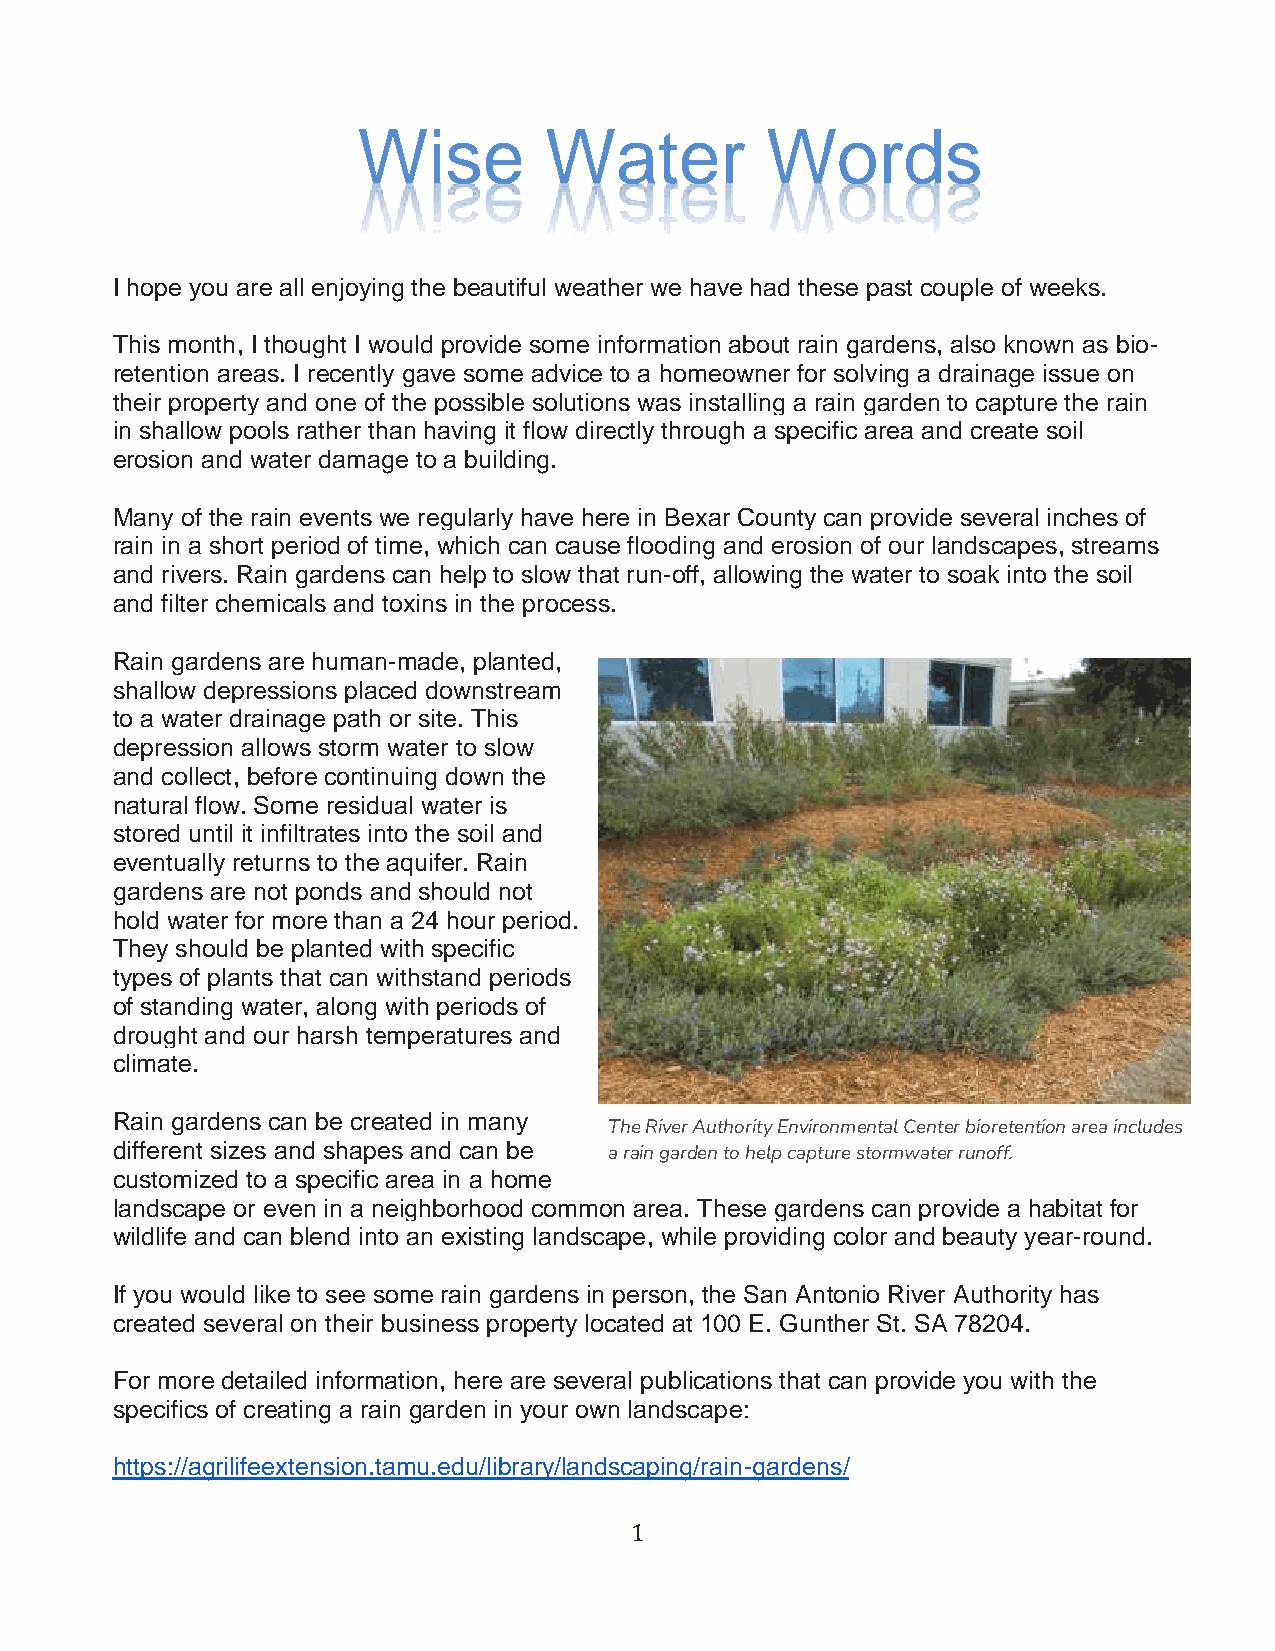
Wise        Water          Words
 I hope you are all enjoying the beautiful weather we have had these past couple of weeks.
 This month, I thought I would provide some information about rain gardens, also known as bio-
 retention areas. I recently gave some advice to a homeowner for solving a drainage issue on
 their property and one of the possible solutions was installing a rain garden to capture the rain
 in shallow pools rather than having it flow directly through a specific area and create soil
 erosion and water damage to a building.
 Many of the rain events we regularly have here in Bexar County can provide several inches of
 rain in a short period of time, which can cause flooding and erosion of our landscapes, streams
 and rivers. Rain gardens can help to slow that run-off, allowing the water to soak into the soil
 and filter chemicals and toxins in the process.
 Rain gardens are human-made, planted,
 shallow depressions placed downstream
 to a water drainage path or site. This
 depression allows storm water to slow
 and collect, before continuing down the
 natural flow. Some residual water is
 stored until it infiltrates into the soil and
 eventually returns to the aquifer. Rain
 gardens are not ponds and should not
 hold water for more than a 24 hour period.
 They should be planted with specific
 types of plants that can withstand periods
 of standing water, along with periods of
 drought and our harsh temperatures and
 climate.
 Rain gardens can be created in many
 The River Authority Environmental Center bioretention area includes
 different sizes and shapes and can be
 a rain garden to help capture stormwater runoff.
 customized to a specific area in a home
 landscape or even in a neighborhood common area. These gardens can provide a habitat for
 wildlife and can blend into an existing landscape, while providing color and beauty year-round.
 If you would like to see some rain gardens in person, the San Antonio River Authority has
 created several on their business property located at 100 E. Gunther St. SA 78204.
 For more detailed information, here are several publications that can provide you with the
 specifics of creating a rain garden in your own landscape:
 https://agrilifeextension.tamu.edu/library/landscaping/rain-gardens/
 1